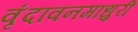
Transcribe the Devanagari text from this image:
वृंदावनमाधुरी